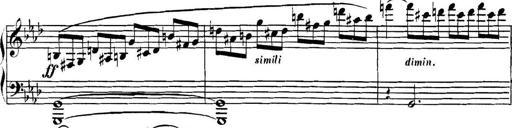
Title: Collected Piano Sonatas
Composer: Muzio Clementi